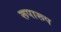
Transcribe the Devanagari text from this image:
रूपारूप